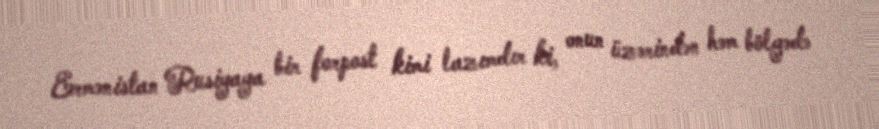
Ermənistan Rusiyaya bir forpost kimi lazımdır ki, onun üzərindən həm bölgədə